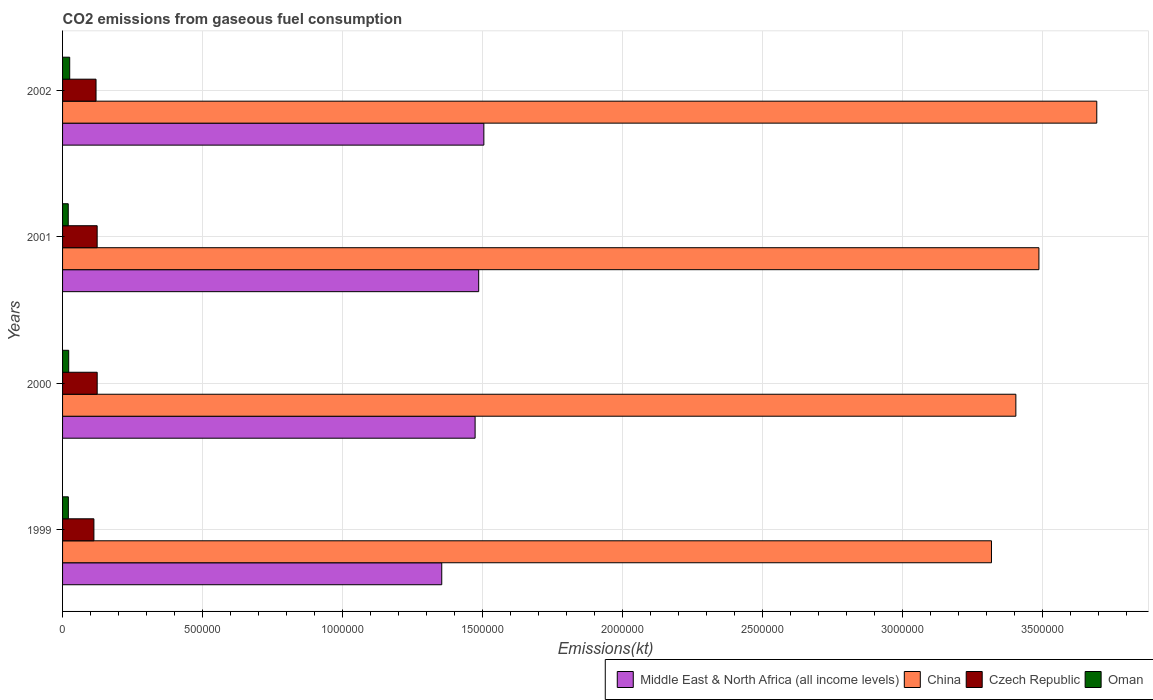
| Years | Middle East & North Africa (all income levels) | China | Czech Republic | Oman |
 | --- | --- | --- | --- | --- |
 | 1999 | 1.35e+06 | 3.32e+06 | 1.12e+05 | 2.07e+04 |
 | 2000 | 1.47e+06 | 3.41e+06 | 1.24e+05 | 2.19e+04 |
 | 2001 | 1.49e+06 | 3.49e+06 | 1.24e+05 | 2.03e+04 |
 | 2002 | 1.5e+06 | 3.69e+06 | 1.2e+05 | 2.55e+04 |